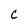
Character: C